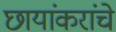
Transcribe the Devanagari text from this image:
छायांकरांचे